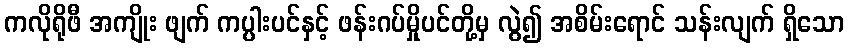
ကလိုရိုဖီ အကျိုး ဖျက် ကပ္ပါးပင်နှင့် ဖန်းဂပ်မှိုပင်တို့မှ လွဲ၍ အစိမ်းရောင် သန်းလျက် ရှိသော